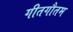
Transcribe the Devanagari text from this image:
गीतगौतम